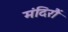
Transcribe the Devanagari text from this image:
मंदिरौं